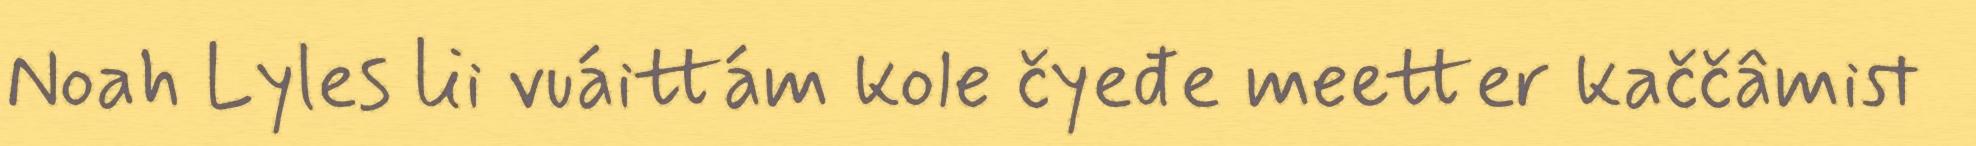
Noah Lyles lii vuáittám kole čyeđe meetter kaččâmist